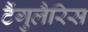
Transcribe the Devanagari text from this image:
टैंगुलैरिस